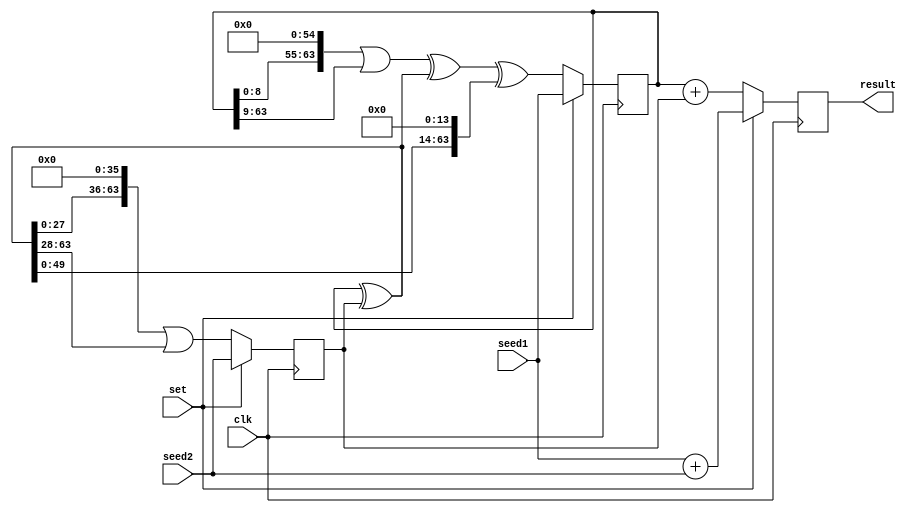
`timescale 1ns / 1ps
`define dataWidth 64
//////////////////////////////////////////////////////////////////////////////////
// Company: 
// 
// Design Name: 
// Module Name:    xoroshiro128 
// Project Name: 
// Target Devices: 
// Tool versions: 
// Description: 
//
// Dependencies: 
//
// Revision: 
// Revision 0.01 - File Created
// Additional Comments: 
//
//////////////////////////////////////////////////////////////////////////////////
module xoroshiro128(
	input wire [`dataWidth-1:0] seed1,
	input wire [`dataWidth-1:0] seed2,
	input wire clk,
	input wire set,
	output reg [`dataWidth-1:0] result
);


reg [`dataWidth-1:0] now_state0;
reg [`dataWidth-1:0] now_state1;
wire [`dataWidth-1:0] next_state0;
wire [`dataWidth-1:0] next_state1;
wire [`dataWidth-1:0] rot_s0_55;


wire [`dataWidth-1:0] s1;
assign s1 = now_state0 ^ now_state1;
assign rot_s0_55 = (now_state0 << 55)|(now_state0 >> `dataWidth-55);
assign next_state0 = rot_s0_55 ^ s1 ^ (s1 << 14);
assign next_state1 = ((s1 << 36)|(s1 >> `dataWidth-36));

always @(posedge clk)
begin
	if (set == 1)
		begin
		now_state0 <= seed1;
		now_state1 <= seed2;
		result <= seed1 + seed2;
		end
	else
		begin
			result <= now_state0 + now_state1;
			now_state0 <= next_state0;
			now_state1 <= next_state1;
		end
	
end
endmodule